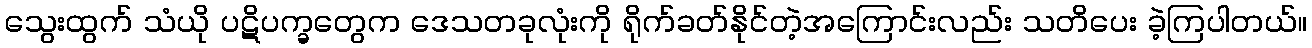
သွေးထွက် သံယို ပဋိပက္ခတွေက ဒေသတခုလုံးကို ရိုက်ခတ်နိုင်တဲ့အကြောင်းလည်း သတိပေး ခဲ့ကြပါတယ်။